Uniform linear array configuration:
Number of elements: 32
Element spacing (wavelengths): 0.75
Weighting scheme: cosine
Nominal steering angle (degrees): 15
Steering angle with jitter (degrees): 15.203
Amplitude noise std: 0.05
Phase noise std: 0.05

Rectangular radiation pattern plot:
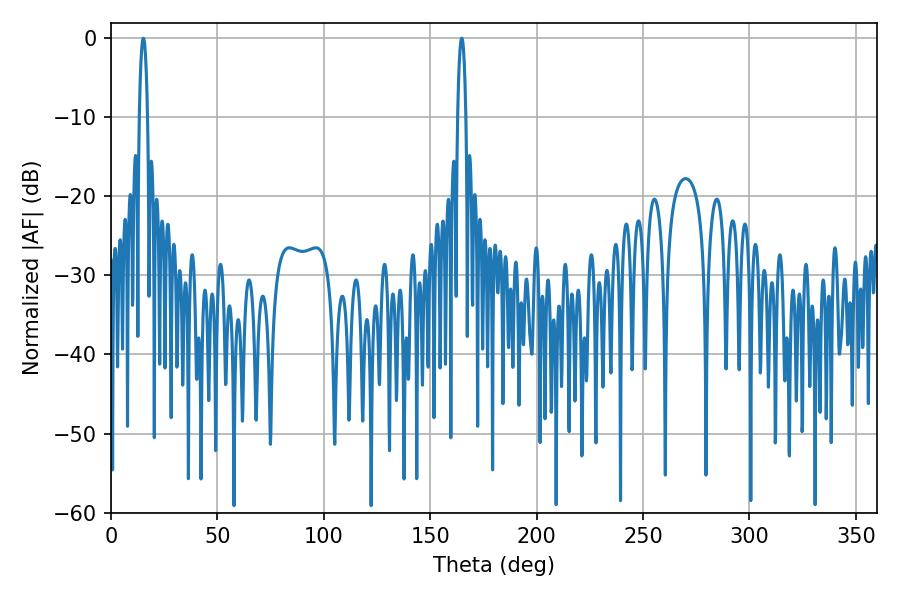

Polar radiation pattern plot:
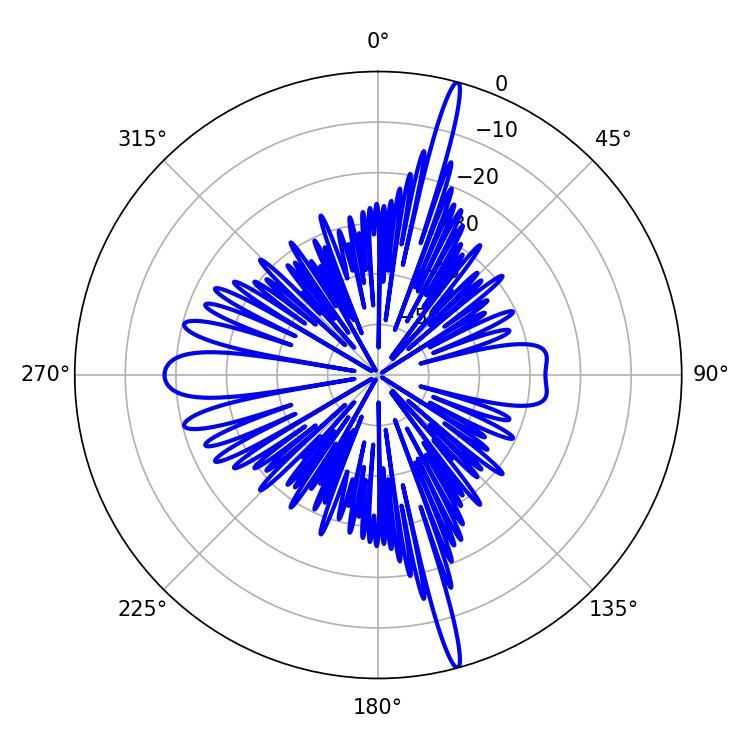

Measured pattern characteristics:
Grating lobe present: TRUE
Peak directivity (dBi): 20.436
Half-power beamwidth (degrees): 1.98
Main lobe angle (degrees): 164.88